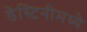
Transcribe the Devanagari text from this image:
डेस्टिनीमध्ये